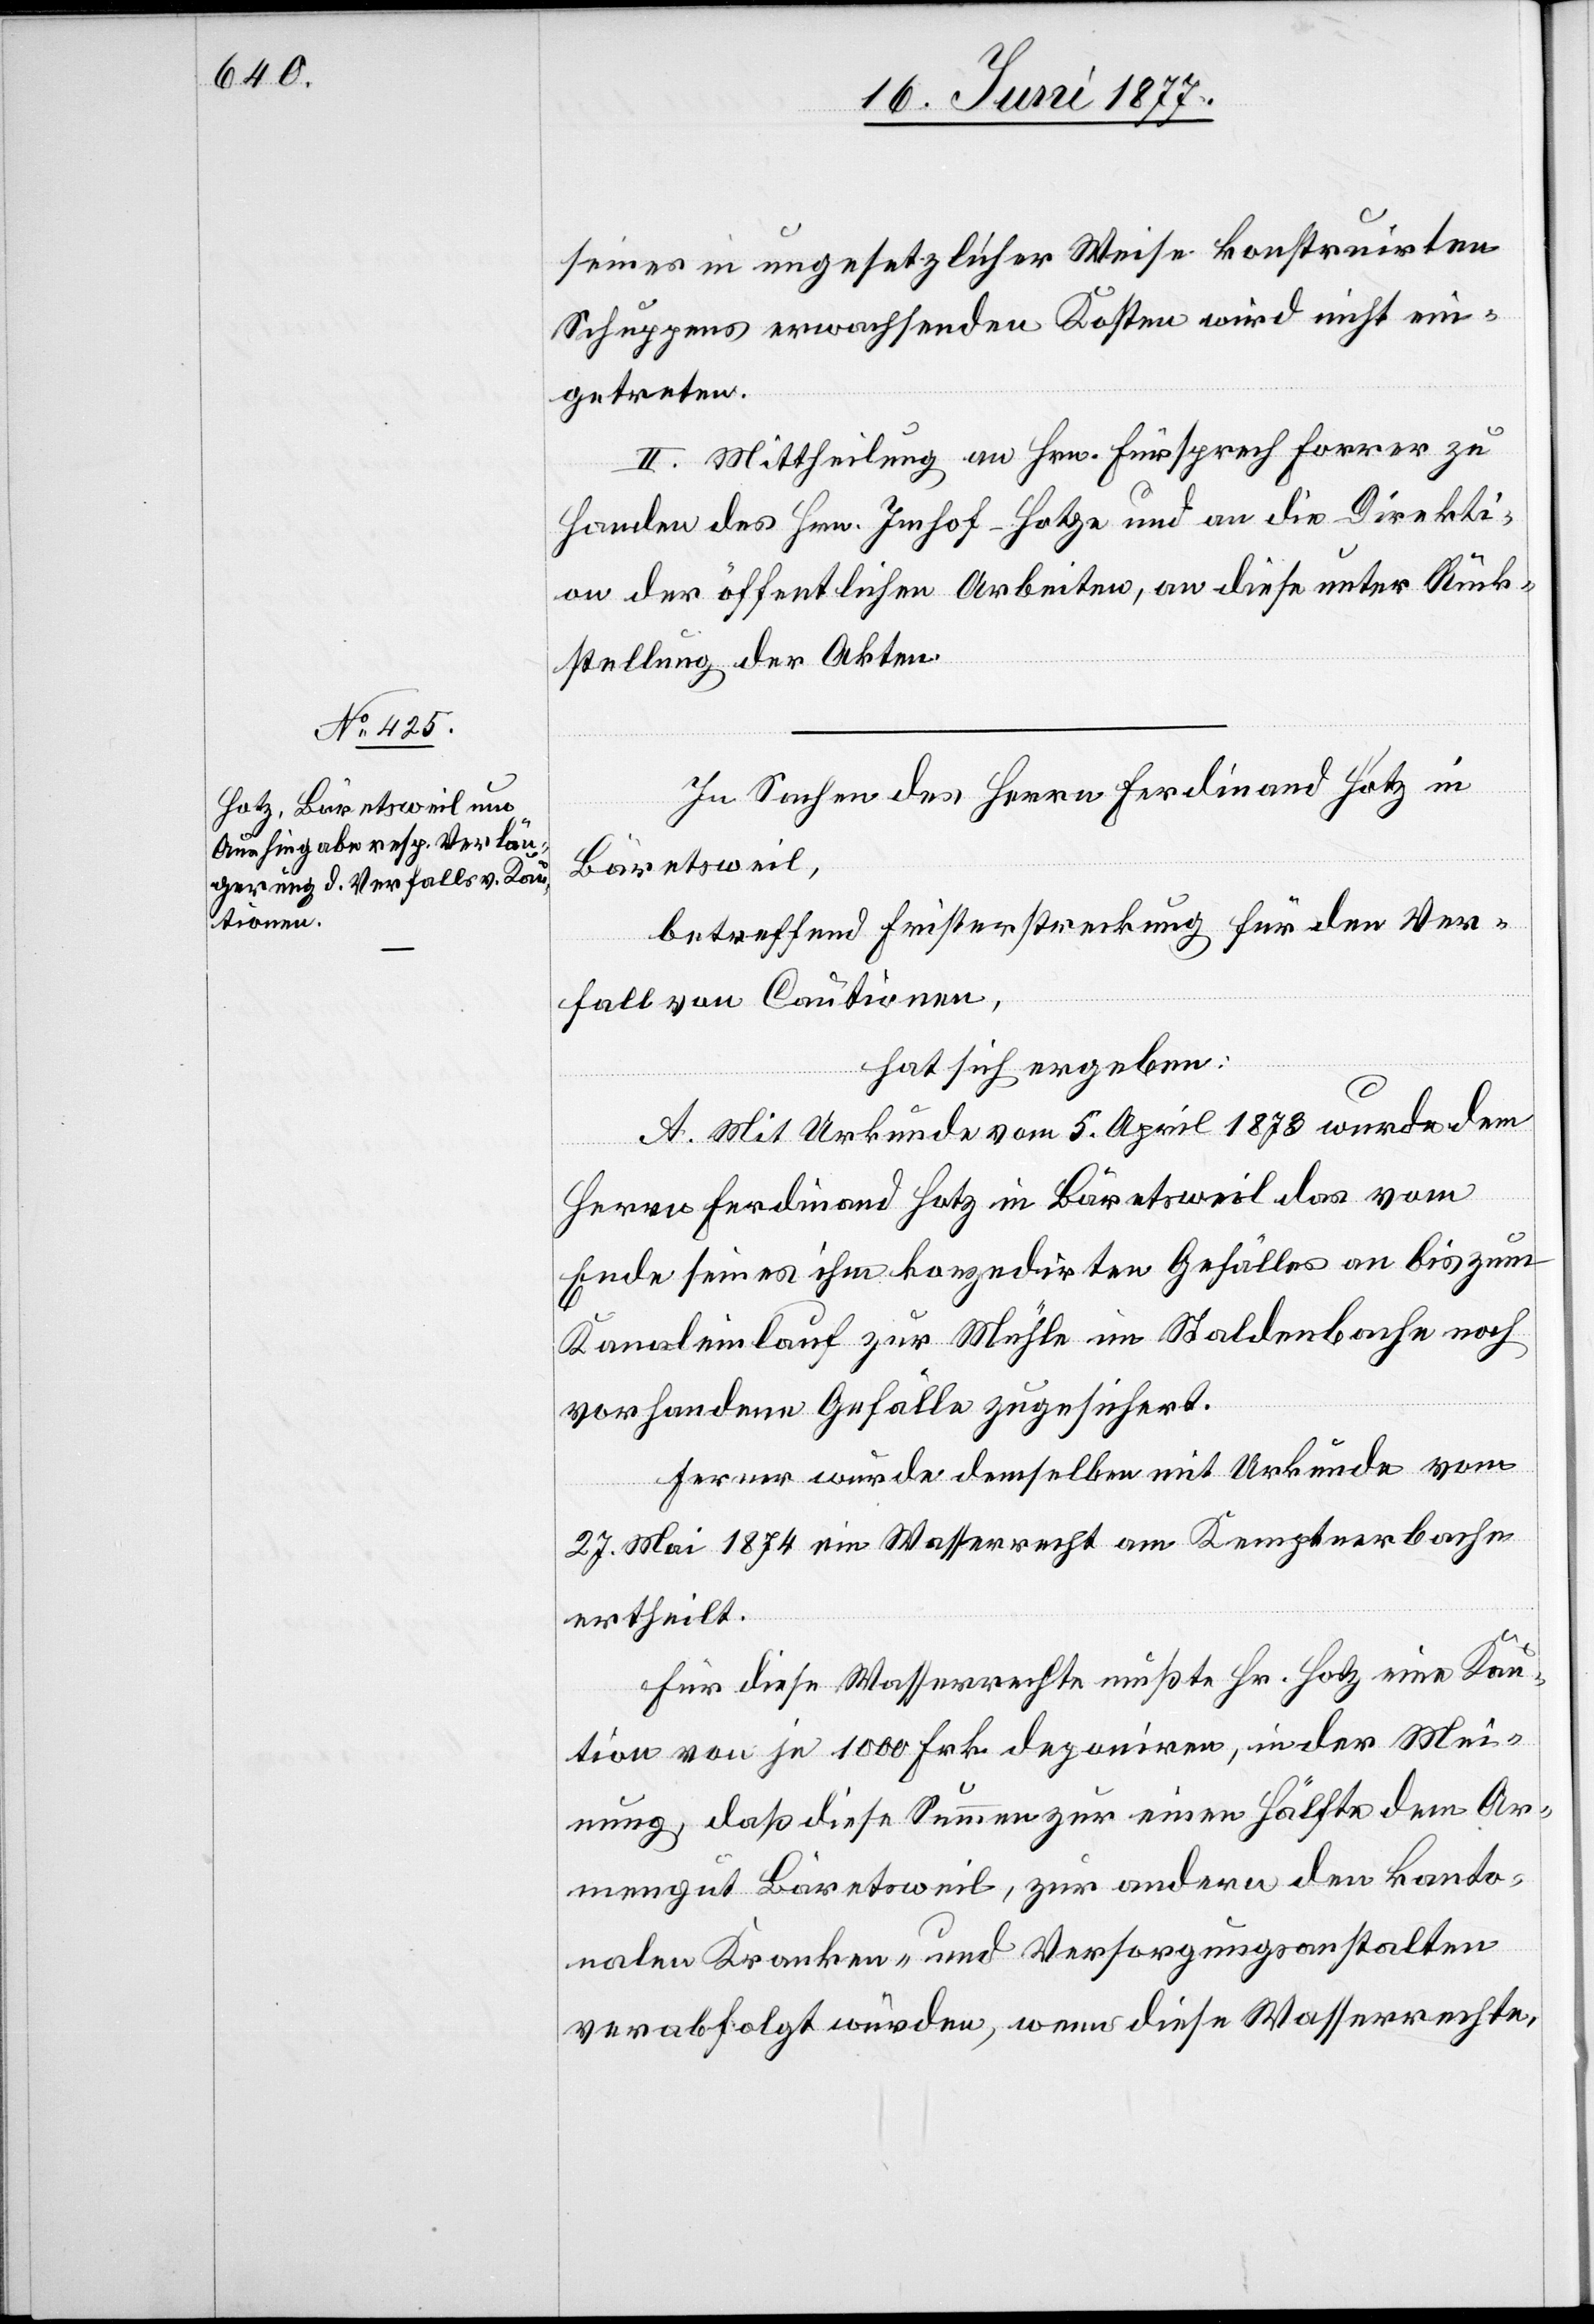
seines in ungesetzlicher Weise konstruirten
Schuppens erwachsenden Kosten wird nicht ein¬
getreten.
II. Mittheilung an Hrn. Fürsprech Forrer zu
Handen des Hrn. Imhof-Hotze und an die Direkti¬
on der öffentlichen Arbeiten, an diese unter Rück¬
stellung der Akten.
In Sachen des Herrn Ferdinand Hotz in
Bäretsweil,
betreffend Fristerstreckung für den Ver¬
fall von Cautionen
hat sich ergeben:
A. Mit Urkunde vom 5. April 1873 wurde dem
Herrn Ferdinand Hotz in Bäretsweil das vom
Ende seines ihm konzedirten Gefälles an bis zum
Kanaleinlauf zur Mühle im Staldenbache noch
vorhandene Gefälle zugesichert.
Ferner wurde demselben mit Urkunde vom
27. Mai 1874 ein Wasserrecht am Kemptnerbache
ertheilt.
Für diese Wasserrechte mußte Hr. Hotz eine Kau¬
tion von je 1000 Frk. deponiren, in der Mei¬
nung, daß diese Summe zur einen Hälfte dem Ar¬
mengut Bäretsweil, zur andern den kanto¬
nalen Kranken- und Versorgungsanstalten
verabfolgt würde, wenn diese Wasserrechte,